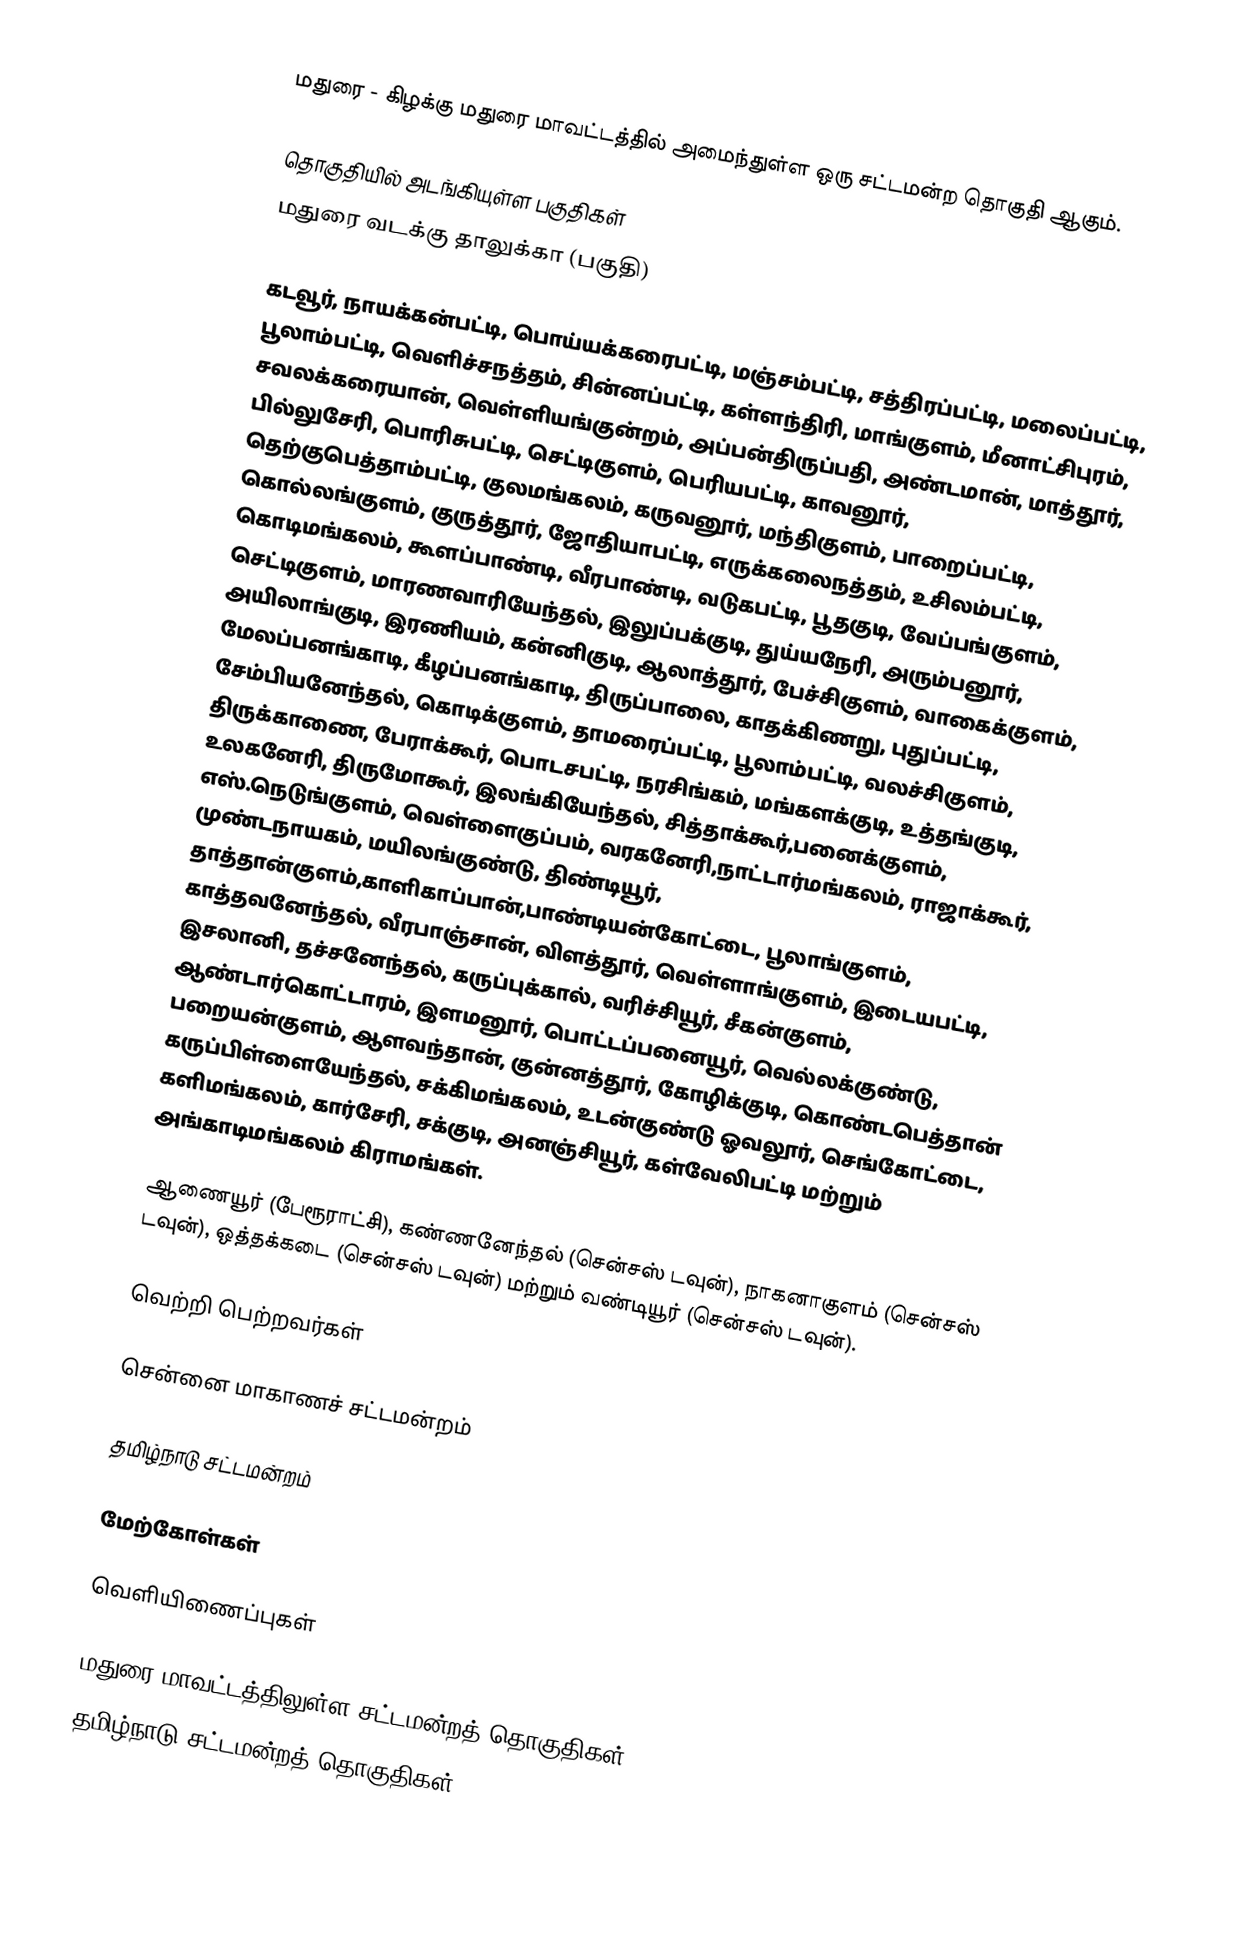
மதுரை - கிழக்கு மதுரை மாவட்டத்தில் அமைந்துள்ள ஒரு சட்டமன்ற தொகுதி ஆகும்.

தொகுதியில் அடங்கியுள்ள பகுதிகள்
மதுரை வடக்கு தாலுக்கா (பகுதி)

கடவூர், நாயக்கன்பட்டி, பொய்யக்கரைபட்டி, மஞ்சம்பட்டி, சத்திரப்பட்டி, மலைப்பட்டி, பூலாம்பட்டி, வெளிச்சநத்தம், சின்னப்பட்டி, கள்ளந்திரி, மாங்குளம், மீனாட்சிபுரம், சவலக்கரையான், வெள்ளியங்குன்றம், அப்பன்திருப்பதி, அண்டமான், மாத்தூர், பில்லுசேரி, பொரிசுபட்டி, செட்டிகுளம், பெரியபட்டி, காவனூர், தெற்குபெத்தாம்பட்டி, குலமங்கலம், கருவனூர், மந்திகுளம், பாறைப்பட்டி, கொல்லங்குளம், குருத்தூர், ஜோதியாபட்டி, எருக்கலைநத்தம், உசிலம்பட்டி, கொடிமங்கலம், கூளப்பாண்டி, வீரபாண்டி, வடுகபட்டி, பூதகுடி, வேப்பங்குளம், செட்டிகுளம், மாரணவாரியேந்தல், இலுப்பக்குடி, துய்யநேரி, அரும்பனூர், அயிலாங்குடி, இரணியம், கன்னிகுடி, ஆலாத்தூர், பேச்சிகுளம், வாகைக்குளம், மேலப்பனங்காடி, கீழப்பனங்காடி, திருப்பாலை, காதக்கிணறு, புதுப்பட்டி, சேம்பியனேந்தல், கொடிக்குளம், தாமரைப்பட்டி, பூலாம்பட்டி, வலச்சிகுளம், திருக்காணை, பேராக்கூர், பொடசபட்டி, நரசிங்கம், மங்களக்குடி, உத்தங்குடி, உலகனேரி, திருமோகூர், இலங்கியேந்தல், சித்தாக்கூர்,பனைக்குளம், எஸ்.நெடுங்குளம், வெள்ளைகுப்பம், வரகனேரி,நாட்டார்மங்கலம், ராஜாக்கூர், முண்டநாயகம், மயிலங்குண்டு, திண்டியூர், தாத்தான்குளம்,காளிகாப்பான்,பாண்டியன்கோட்டை, பூலாங்குளம், காத்தவனேந்தல், வீரபாஞ்சான், விளத்தூர், வெள்ளாங்குளம், இடையபட்டி, இசலானி, தச்சனேந்தல், கருப்புக்கால், வரிச்சியூர், சீகன்குளம், ஆண்டார்கொட்டாரம், இளமனூர், பொட்டப்பனையூர், வெல்லக்குண்டு, பறையன்குளம், ஆளவந்தான், குன்னத்தூர், கோழிக்குடி, கொண்டபெத்தான் கருப்பிள்ளையேந்தல், சக்கிமங்கலம், உடன்குண்டு ஓவலூர், செங்கோட்டை, களிமங்கலம், கார்சேரி, சக்குடி, அனஞ்சியூர், கள்வேலிபட்டி மற்றும் அங்காடிமங்கலம் கிராமங்கள்.

ஆணையூர் (பேரூராட்சி), கண்ணனேந்தல் (சென்சஸ் டவுன்), நாகனாகுளம் (சென்சஸ் டவுன்), ஒத்தக்கடை (சென்சஸ் டவுன்) மற்றும் வண்டியூர் (சென்சஸ் டவுன்).

வெற்றி பெற்றவர்கள்

சென்னை மாகாணச் சட்டமன்றம்

தமிழ்நாடு சட்டமன்றம்

மேற்கோள்கள்

வெளியிணைப்புகள்

மதுரை மாவட்டத்திலுள்ள சட்டமன்றத் தொகுதிகள்
தமிழ்நாடு சட்டமன்றத் தொகுதிகள்